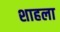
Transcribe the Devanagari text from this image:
शाहला